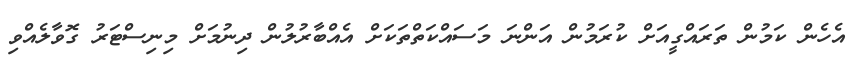
އެހެން ކަމުން ތަރައްގީއަށް ކުރަމުން އަންނަ މަސަައްކަތްތަކަށް އެއްބާރުލުން ދިނުމަށް މިނިސްޓަރު ގޮވާލެއްވި